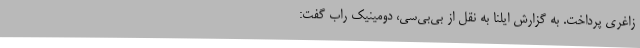
زاغری پرداخت. به گزارش ایلنا به نقل از بی‌بی‌سی، دومینیک راب گفت: